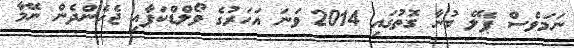
ނަމަވެސް ޕެލޭ ބުނާ ގޮތުގައި 2014 ވަނަ އަހަރުގެ ވޯލްޑްކަޕާއި ޖެހެންދެން ނޭމާ